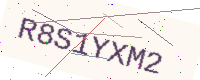
Text: R8S1YXM2